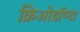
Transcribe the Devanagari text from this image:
क्रिओडॉण्टा